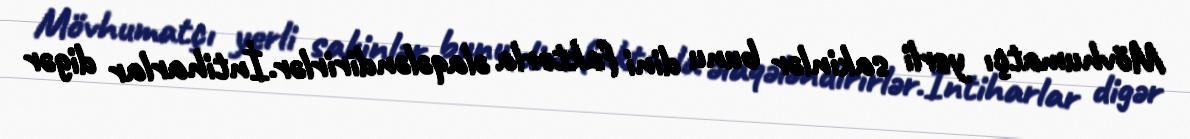
Mövhumatçı yerli sakinlər bunu dini faktorla əlaqələndirirlər.İntiharlar digər